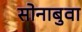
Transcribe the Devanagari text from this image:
सोनाबुवा